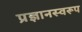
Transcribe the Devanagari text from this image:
प्रज्ञानस्वरूप